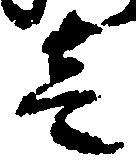
壱